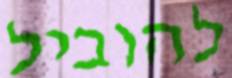
להוביל